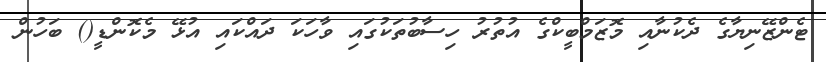
ޓެންޒޭނިޔާގެ ދެކުނާއި މޮޒަމްބީކްގެ އުތުރު ހިސާބުތަކުގައި ވާހަކަ ދައްކައި އުޅޭ މެކޮންޑީ() ބަހުން